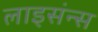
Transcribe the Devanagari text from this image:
लाइसंन्स